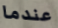
عندما